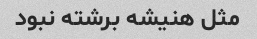
مثل هنیشه برشته نبود